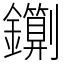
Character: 䥷